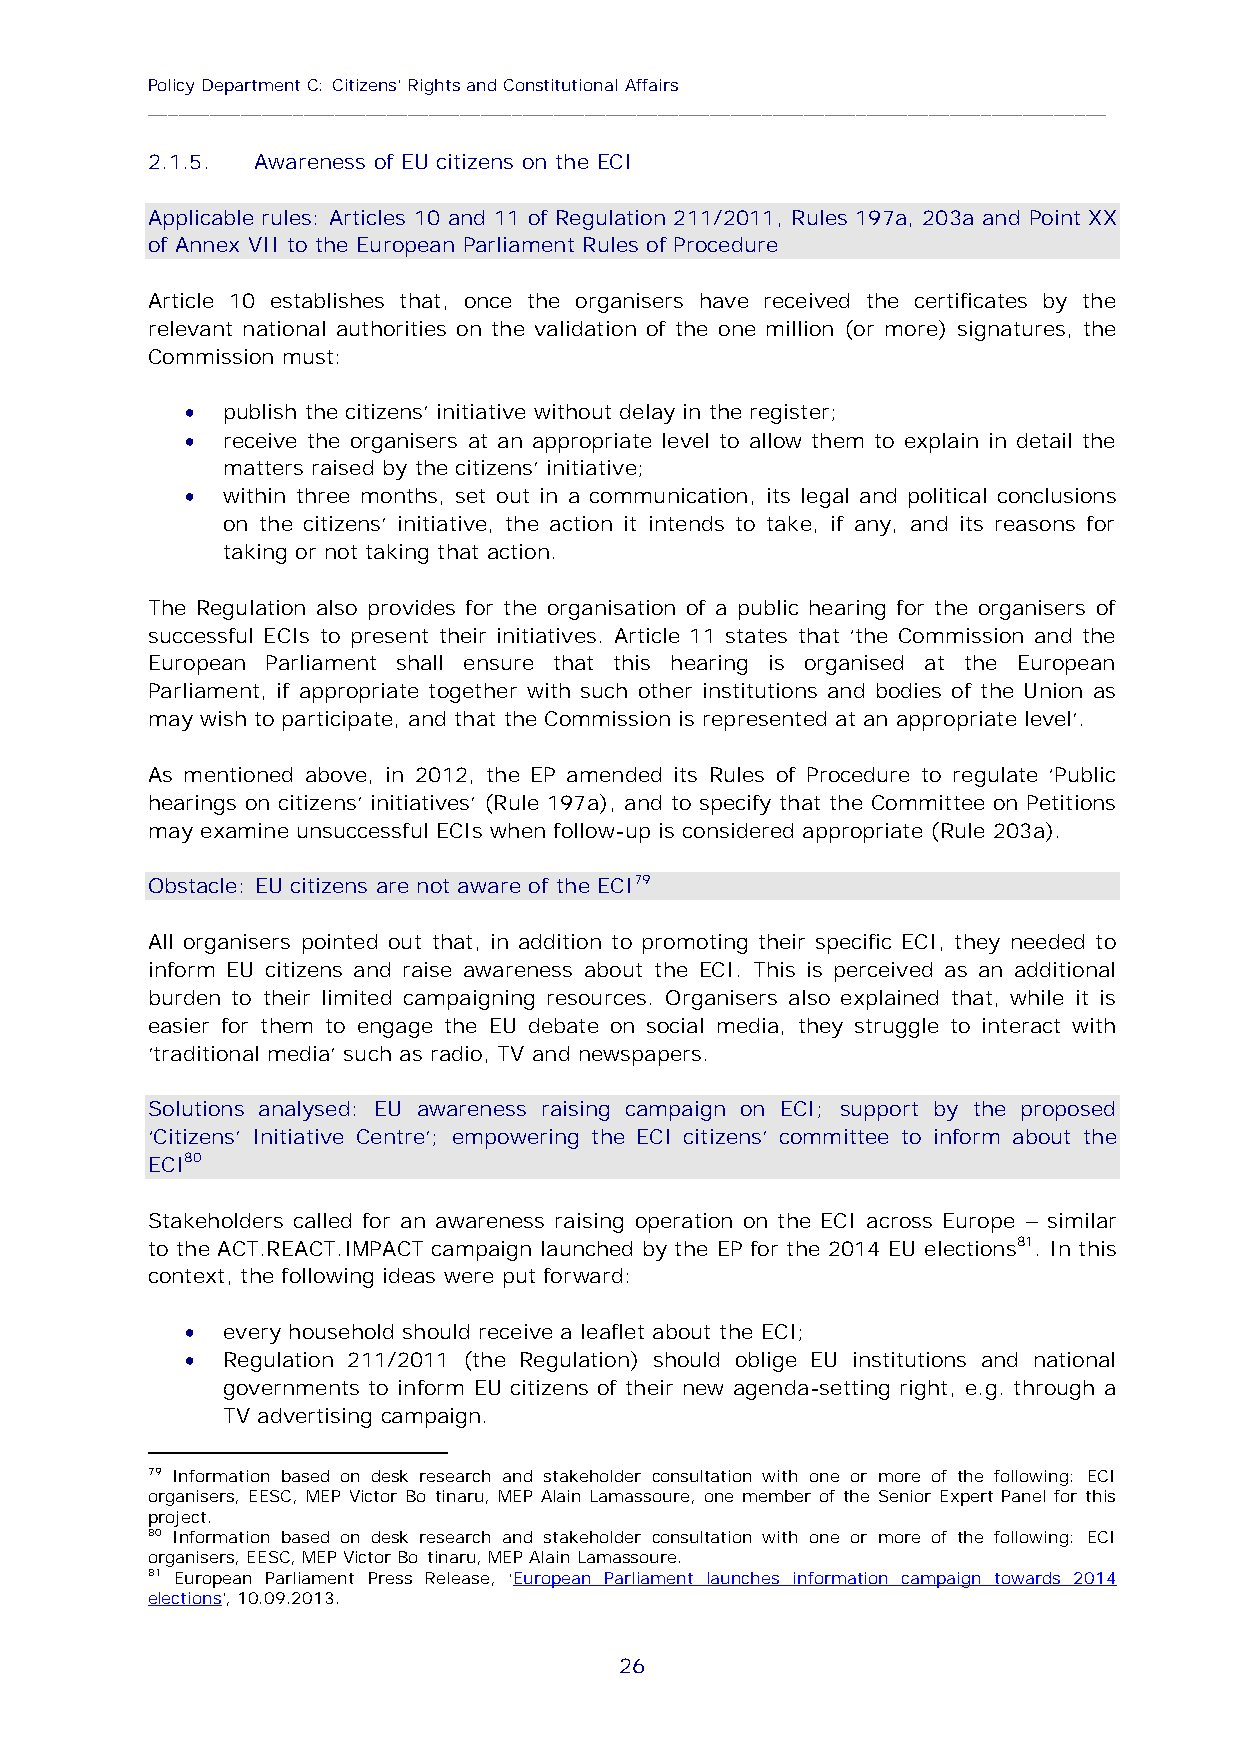
Policy Department C: Citizens' Rights and Constitutional Affairs
 ____________________________________________________________________________________________
 2.1.5. Awareness of EU citizens on the ECI
 Applicable rules: Articles 10 and 11 of Regulation 211/2011, Rules 197a, 203a and Point XX
 of Annex VII to the European Parliament Rules of Procedure
 Article 10 establishes that, once the organisers have received the certificates by the
 relevant national authorities on the validation of the one million (or more) signatures, the
 Commission must:
 
 publish the citizens’ initiative without delay in the register;
 
 receive the organisers at an appropriate level to allow them to explain in detail the
 matters raised by the citizens’ initiative;
 
 within three months, set out in a communication, its legal and political conclusions
 on the citizens’ initiative, the action it intends to take, if any, and its reasons for
 taking or not taking that action.
 The Regulation also provides for the organisation of a public hearing for the organisers of
 successful ECIs to present their initiatives. Article 11 states that ‘the Commission and the
 European Parliament shall ensure that this hearing is organised at the European
 Parliament, if appropriate together with such other institutions and bodies of the Union as
 may wish to participate, and that the Commission is represented at an appropriate level’.
 As mentioned above, in 2012, the EP amended its Rules of Procedure to regulate ‘Public
 hearings on citizens’ initiatives’ (Rule 197a), and to specify that the Committee on Petitions
 may examine unsuccessful ECIs when follow-up is considered appropriate (Rule 203a).
 Obstacle: EU citizens are not aware of the ECI79
 All organisers pointed out that, in addition to promoting their specific ECI, they needed to
 inform EU citizens and raise awareness about the ECI. This is perceived as an additional
 burden to their limited campaigning resources. Organisers also explained that, while it is
 easier for them to engage the EU debate on social media, they struggle to interact with
 'traditional media' such as radio, TV and newspapers.
 Solutions analysed: EU awareness raising campaign on ECI; support by the proposed
 ‘Citizens’ Initiative Centre’; empowering the ECI citizens’ committee to inform about the
 ECI80
 Stakeholders called for an awareness raising operation on the ECI across Europe – similar
 to the ACT.REACT.IMPACT campaign launched by the EP for the 2014 EU elections81. In this
 context, the following ideas were put forward:
 
 every household should receive a leaflet about the ECI;
 
 Regulation 211/2011 (the Regulation) should oblige EU institutions and national
 governments to inform EU citizens of their new agenda-setting right, e.g. through a
 TV advertising campaign.
 79 Information based on desk research and stakeholder consultation with one or more of the following: ECI
 organisers, EESC, MEP Victor Boştinaru, MEP Alain Lamassoure, one member of the Senior Expert Panel for this
 project.
 80 Information based on desk research and stakeholder consultation with one or more of the following: ECI
 organisers, EESC, MEP Victor Boştinaru, MEP Alain Lamassoure.
 81 European Parliament Press Release, ‘European Parliament launches information campaign towards 2014
 elections’, 10.09.2013.
 26